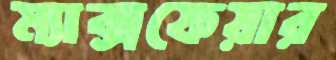
ম্যাক্সফেয়ার